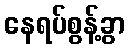
နေရပ်စွန့်ခွာ